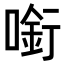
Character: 𠼫